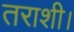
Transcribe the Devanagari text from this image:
तराशी।